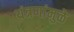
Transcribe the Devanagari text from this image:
यंत्रणांमुळे